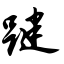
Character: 踺